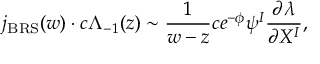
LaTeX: j _ { \mathrm { B R S } } ( w ) \cdot c \Lambda _ { - 1 } ( z ) \sim \frac { 1 } { w - z } c e ^ { - \phi } \psi ^ { I } \frac { \partial \lambda } { \partial X ^ { I } } ,